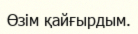
Өзім қайғырдым.